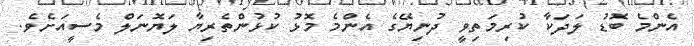
އެންމެ ބޮޑު ލަދަކާ ކުރިމަތިވީ ދުނިޔޭގެ އެންމެ މޮޅު ކުޅުންތެރިޔާ ލަޔޮނަލް މެސީއަށެވެ.